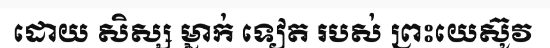
ដោយ សិស្ស ម្នាក់ ទៀត របស់ ព្រះយេស៊ូវ